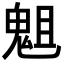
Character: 𩲲